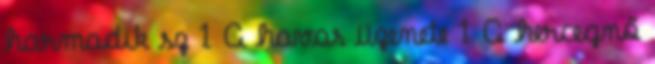
harmadik sz 1 A havas üzenete 1 A hercegnő